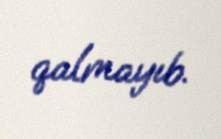
qalmayıb.